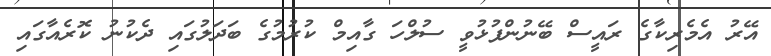
އޭރު އެމެރިކާގެ ރައީސް ބޭނުންފުޅުވީ ސުލްހަ ގާއިމް ކުރުމުގެ ބަދަލުގައި ދެކުނު ކޮރެއާގައި